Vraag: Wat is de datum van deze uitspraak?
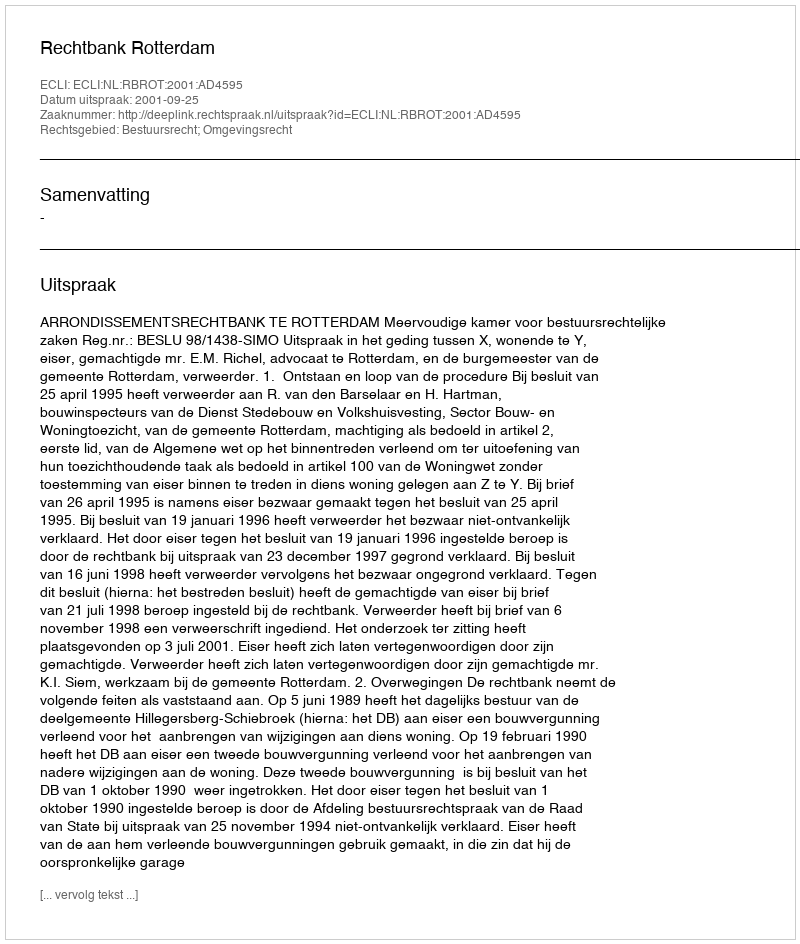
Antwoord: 2001-09-25